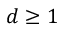
d \ge 1